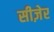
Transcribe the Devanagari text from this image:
सीज़ेर